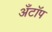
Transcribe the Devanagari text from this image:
अँटॉप